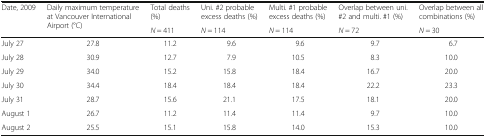
<table><thead><tr><td rowspan="2"><b>Date, 2009</b></td><td rowspan="2"><b>Daily maximum temperature at Vancouver International Airport (°C)</b></td><td><b>Total deaths (%)</b></td><td><b>Uni. #2 probable excess deaths (%)</b></td><td><b>Multi. #1 probable excess deaths (%)</b></td><td><b>Overlap between uni. #2 and multi. #1 (%)</b></td><td><b>Overlap between all combinations (%)</b></td></tr><tr><td><b><i>N</i> = 411</b></td><td><b><i>N</i> = 114</b></td><td><b><i>N</i> = 114</b></td><td><b><i>N</i> = 72</b></td><td><b><i>N</i> = 30</b></td></tr></thead><tbody><tr><td>July 27</td><td>27.8</td><td>11.2</td><td>9.6</td><td>9.6</td><td>9.7</td><td>6.7</td></tr><tr><td>July 28</td><td>30.9</td><td>12.7</td><td>7.9</td><td>10.5</td><td>8.3</td><td>10.0</td></tr><tr><td>July 29</td><td>34.0</td><td>15.2</td><td>15.8</td><td>18.4</td><td>16.7</td><td>20.0</td></tr><tr><td>July 30</td><td>34.4</td><td>18.4</td><td>18.4</td><td>18.4</td><td>22.2</td><td>23.3</td></tr><tr><td>July 31</td><td>28.7</td><td>15.6</td><td>21.1</td><td>17.5</td><td>18.1</td><td>20.0</td></tr><tr><td>August 1</td><td>26.7</td><td>11.2</td><td>11.4</td><td>11.4</td><td>9.7</td><td>10.0</td></tr><tr><td>August 2</td><td>25.5</td><td>15.1</td><td>15.8</td><td>14.0</td><td>15.3</td><td>10.0</td></tr></tbody></table>